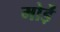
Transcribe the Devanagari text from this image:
मोडे़ं